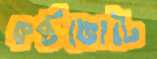
কণ্ঠভোটে